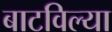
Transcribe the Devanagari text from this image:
बाटविल्या